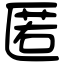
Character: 匿